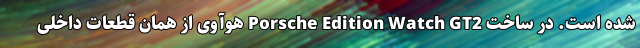
شده است. در ساخت Porsche Edition Watch GT2 هوآوی از همان قطعات داخلی